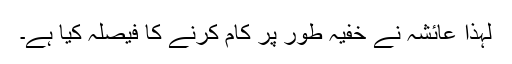
لہٰذا عائشہ نے خفیہ طور پر کام کرنے کا فیصلہ کیا ہے۔